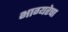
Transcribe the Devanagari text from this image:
भाग्यरेषा